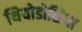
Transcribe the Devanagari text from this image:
थियोडोसिया